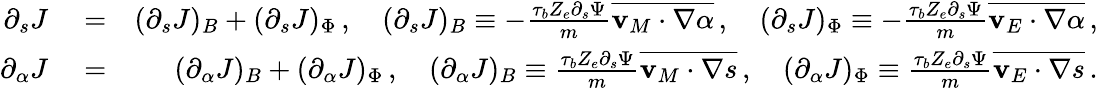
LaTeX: \begin{array}{rlr}{\partial_{s}J}&{{}=}&{(\partial_{s}J)_{B}+(\partial_{s}J)_{\Phi}\, ,\quad(\partial_{s}J)_{B}\equiv-\frac{\tau_{b}Z_{e}\partial_{s}\Psi}{m}\overline{{\mathbf{v}_{M}\cdot\nabla\alpha}}\, ,\quad(\partial_{s}J)_{\Phi}\equiv-\frac{\tau_{b}Z_{e}\partial_{s}\Psi}{m}\overline{{\mathbf{v}_{E}\cdot\nabla\alpha}}\, ,}\\ {\partial_{\alpha}J}&{{}=}&{(\partial_{\alpha}J)_{B}+(\partial_{\alpha}J)_{\Phi}\, ,\quad(\partial_{\alpha}J)_{B}\equiv\frac{\tau_{b}Z_{e}\partial_{s}\Psi}{m}\overline{{\mathbf{v}_{M}\cdot\nabla s}}\, ,\quad(\partial_{\alpha}J)_{\Phi}\equiv\frac{\tau_{b}Z_{e}\partial_{s}\Psi}{m}\overline{{\mathbf{v}_{E}\cdot\nabla s}}\, .}\end{array}